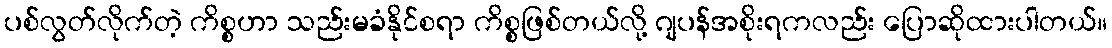
ပစ်လွတ်လိုက်တဲ့ ကိစ္စဟာ သည်းမခံနိုင်စရာ ကိစ္စဖြစ်တယ်လို့ ဂျပန်အစိုးရကလည်း ပြောဆိုထားပါတယ်။